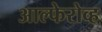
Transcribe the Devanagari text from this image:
आल्फेरोव्ह